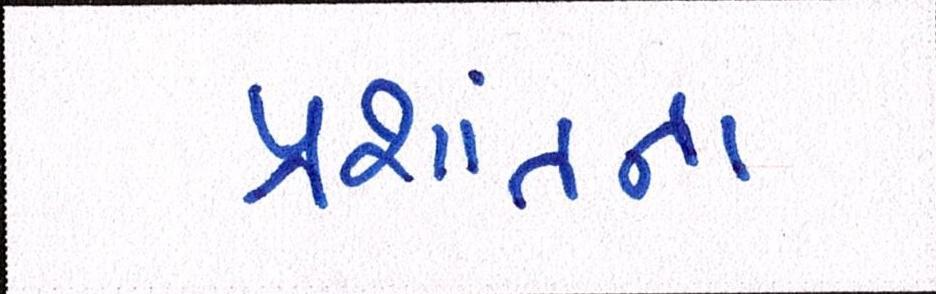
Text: પ્રશાંતના